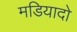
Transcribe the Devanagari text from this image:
मडियादो